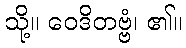
သို့။ ဝေဒိတဗ္ဗံ၊ ၏။